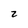
Character: 2